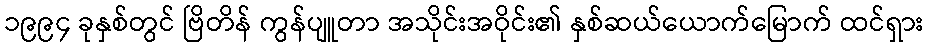
၁၉၉၄ ခုနှစ်တွင် ဗြိတိန် ကွန်ပျူတာ အသိုင်းအဝိုင်း၏ နှစ်ဆယ်ယောက်မြောက် ထင်ရှား